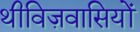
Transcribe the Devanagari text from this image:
थीविज़वासियों